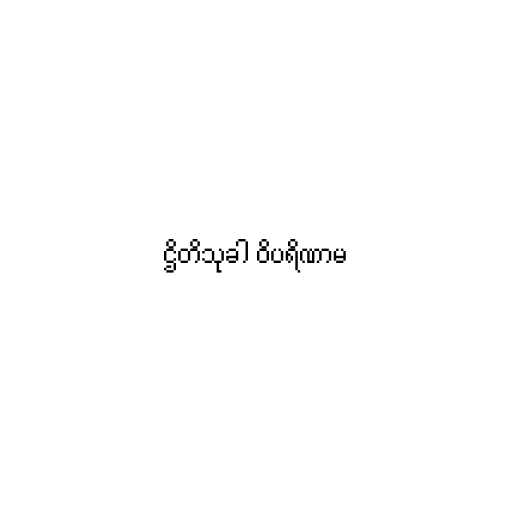
ဌိတိသုခါ ဝိပရိဏာမ